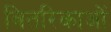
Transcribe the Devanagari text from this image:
वितरिकाओं